Sketch of the medical history of the native army of Bombay, for the year
Year: 1875
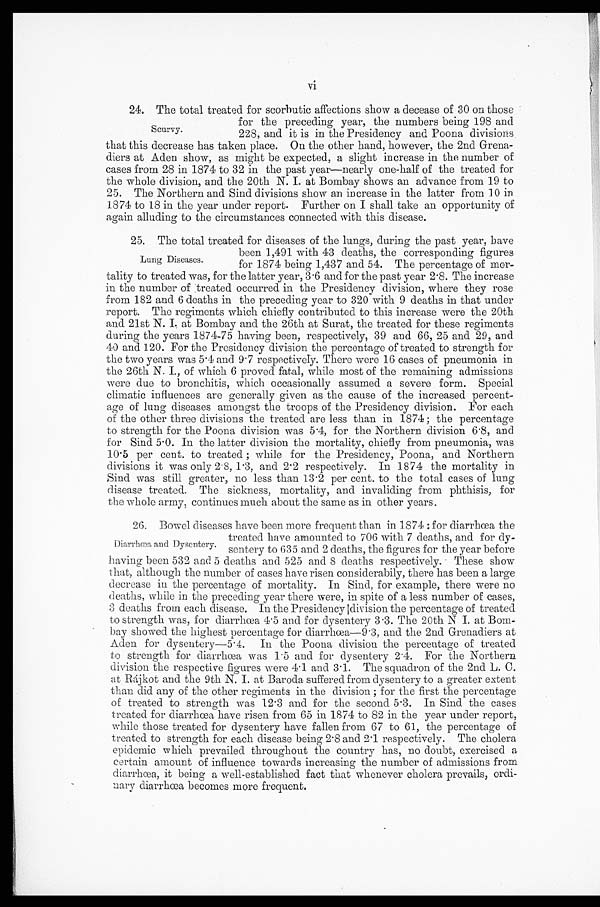
vi
24. The total treated for scorbutic affections show a decease of 30 on those
for the preceding year, the numbers being 198 and
228, and it is in the Presidency and Poona divisions
that this decrease has taken place. On the other hand, however, the 2nd Grena-
diers at Aden show, as might be expected, a slight increase in the number of
cases from 28 in 1874 to 32 in the past year—nearly one-half of the treated for
the whole division, and the 20th N. I. at Bombay shows an advance from 19 to
25. The Northern and Sind divisions show an increase in the latter from 10 in
1874 to 18 in the year under report. Further on I shall take an opportunity of
again alluding to the circumstances connected with this disease.
25. The total treated for diseases of the lungs, during the past year, have
been 1,491 with 43 deaths, the corresponding figures
for 1874 being 1,437 and 54. The percentage of mor-
tality to treated was, for the latter year, 3.6 and for the past year 2.8. The increase
in the number of treated occurred in the Presidency division, where they rose
from 182 and 6 deaths in the preceding year to 320 with 9 deaths in that under
report. The regiments which chiefly contributed to this increase were the 20th
and 21st N. I. at Bombay and the 26th at Surat, the treated for these regiments
during the years 1874-75 having been, respectively, 39 and 66, 25 and 29, and
40 and 120. For the Presidency division the percentage of treated to strength for
the two years was 5.4 and 9.7 respectively. There were 16 cases of pneumonia in
the 26th N. I., of which 6 proved fatal, while most of the remaining admissions
were due to bronchitis, which occasionally assumed a severe form. Special
climatic influences are generally given as the cause of the increased percent-
age of lung diseases amongst the troops of the Presidency division. For each
of the other three divisions the treated are less than in 1874; the percentage
to strength for the Poona division was 5.4, for the Northern division 6.8, and
for Sind 5.0. In the latter division the mortality, chiefly from pneumonia, was
10.5 per cent. to treated; while for the Presidency, Poona, and Northern
divisions it was only 2.8, 1.3, and 2.2 respectively. In 1874 the mortality in
Sind was still greater, no less than 13.2 per cent. to the total cases of lung
disease treated. The sickness, mortality, and invaliding from phthisis, for
the whole army, continues much about the same as in other years.
26. Bowel diseases have been more frequent than in 1874 : for diarrhœa the
treated have amounted to 706 with 7 deaths, and for dy-
sentery to 635 and 2 deaths, the figures for the year before
having been 532 and 5 deaths and 525 and 8 deaths respectively. These show
that, although the number of cases have risen con siderabily, there has been a large
decrease in the percentage of mortality. In Sind, for example, there were no
deaths, while in the preceding year there were, in spite of a less number of cases,
3 deaths from each disease. In the Presidency division the percentage of treated
to strength was, for diarrhœa 4.5 and for dysentery 3.3. The 20th N I. at Bom-
bay showed the highest percentage for diarrhœa—9.3, and the 2nd Grenadiers at
Aden for dysentery—5.4. In the Poona division the percentage of treated
to strength for diarrhœa was 1.5 and for dysentery 2.4. For the Northern
division the respective figures were 4.1 and 3.1. The squadron of the 2nd L. C.
at Rájkot and the 9th N. I. at Baroda suffered from dysentery to a greater extent
than did any of the other regiments in the division ; for the first the percentage
of treated to strength was 12.3 and for the second 5.3. In Sind the cases
treated for diarrhœa have risen from 65 in 1874 to 82 in the year under report,
while those treated for dysentery have fallen from 67 to 61, the percentage of
treated to strength for each disease being 2.8 and 2.1 respectively. The cholera
epidemic which prevailed throughout the country has, no doubt, exercised a
certain amount of influence towards increasing the number of admissions from
diarrhœa, it being a well-established fact that whenever cholera prevails, ordi-
nary diarrhœa becomes more frequent.
Scurvy.
Lung Diseases.
Diarrhœa and Dysentery.